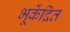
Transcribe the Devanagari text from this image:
भूकेंद्रित